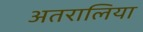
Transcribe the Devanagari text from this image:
अतरालिया